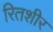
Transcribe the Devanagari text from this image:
रितशीर